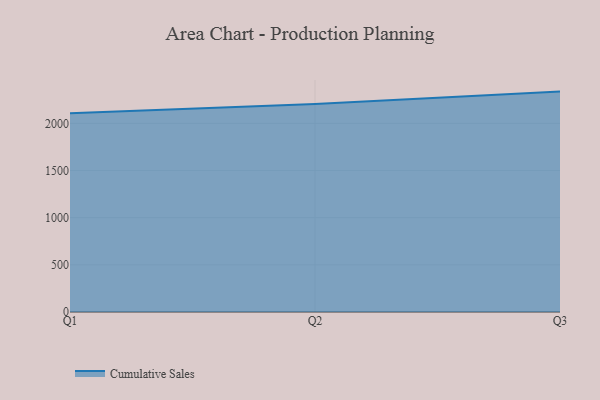
{"axis": {"x": "Quarter", "y": "Active Users"}, "legend": ["Cumulative Sales"], "data": [{"x": "Q1", "y": 2108.4, "type": "Cumulative Sales"}, {"x": "Q2", "y": 2206.5, "type": "Cumulative Sales"}, {"x": "Q3", "y": 2337.1, "type": "Cumulative Sales"}]}